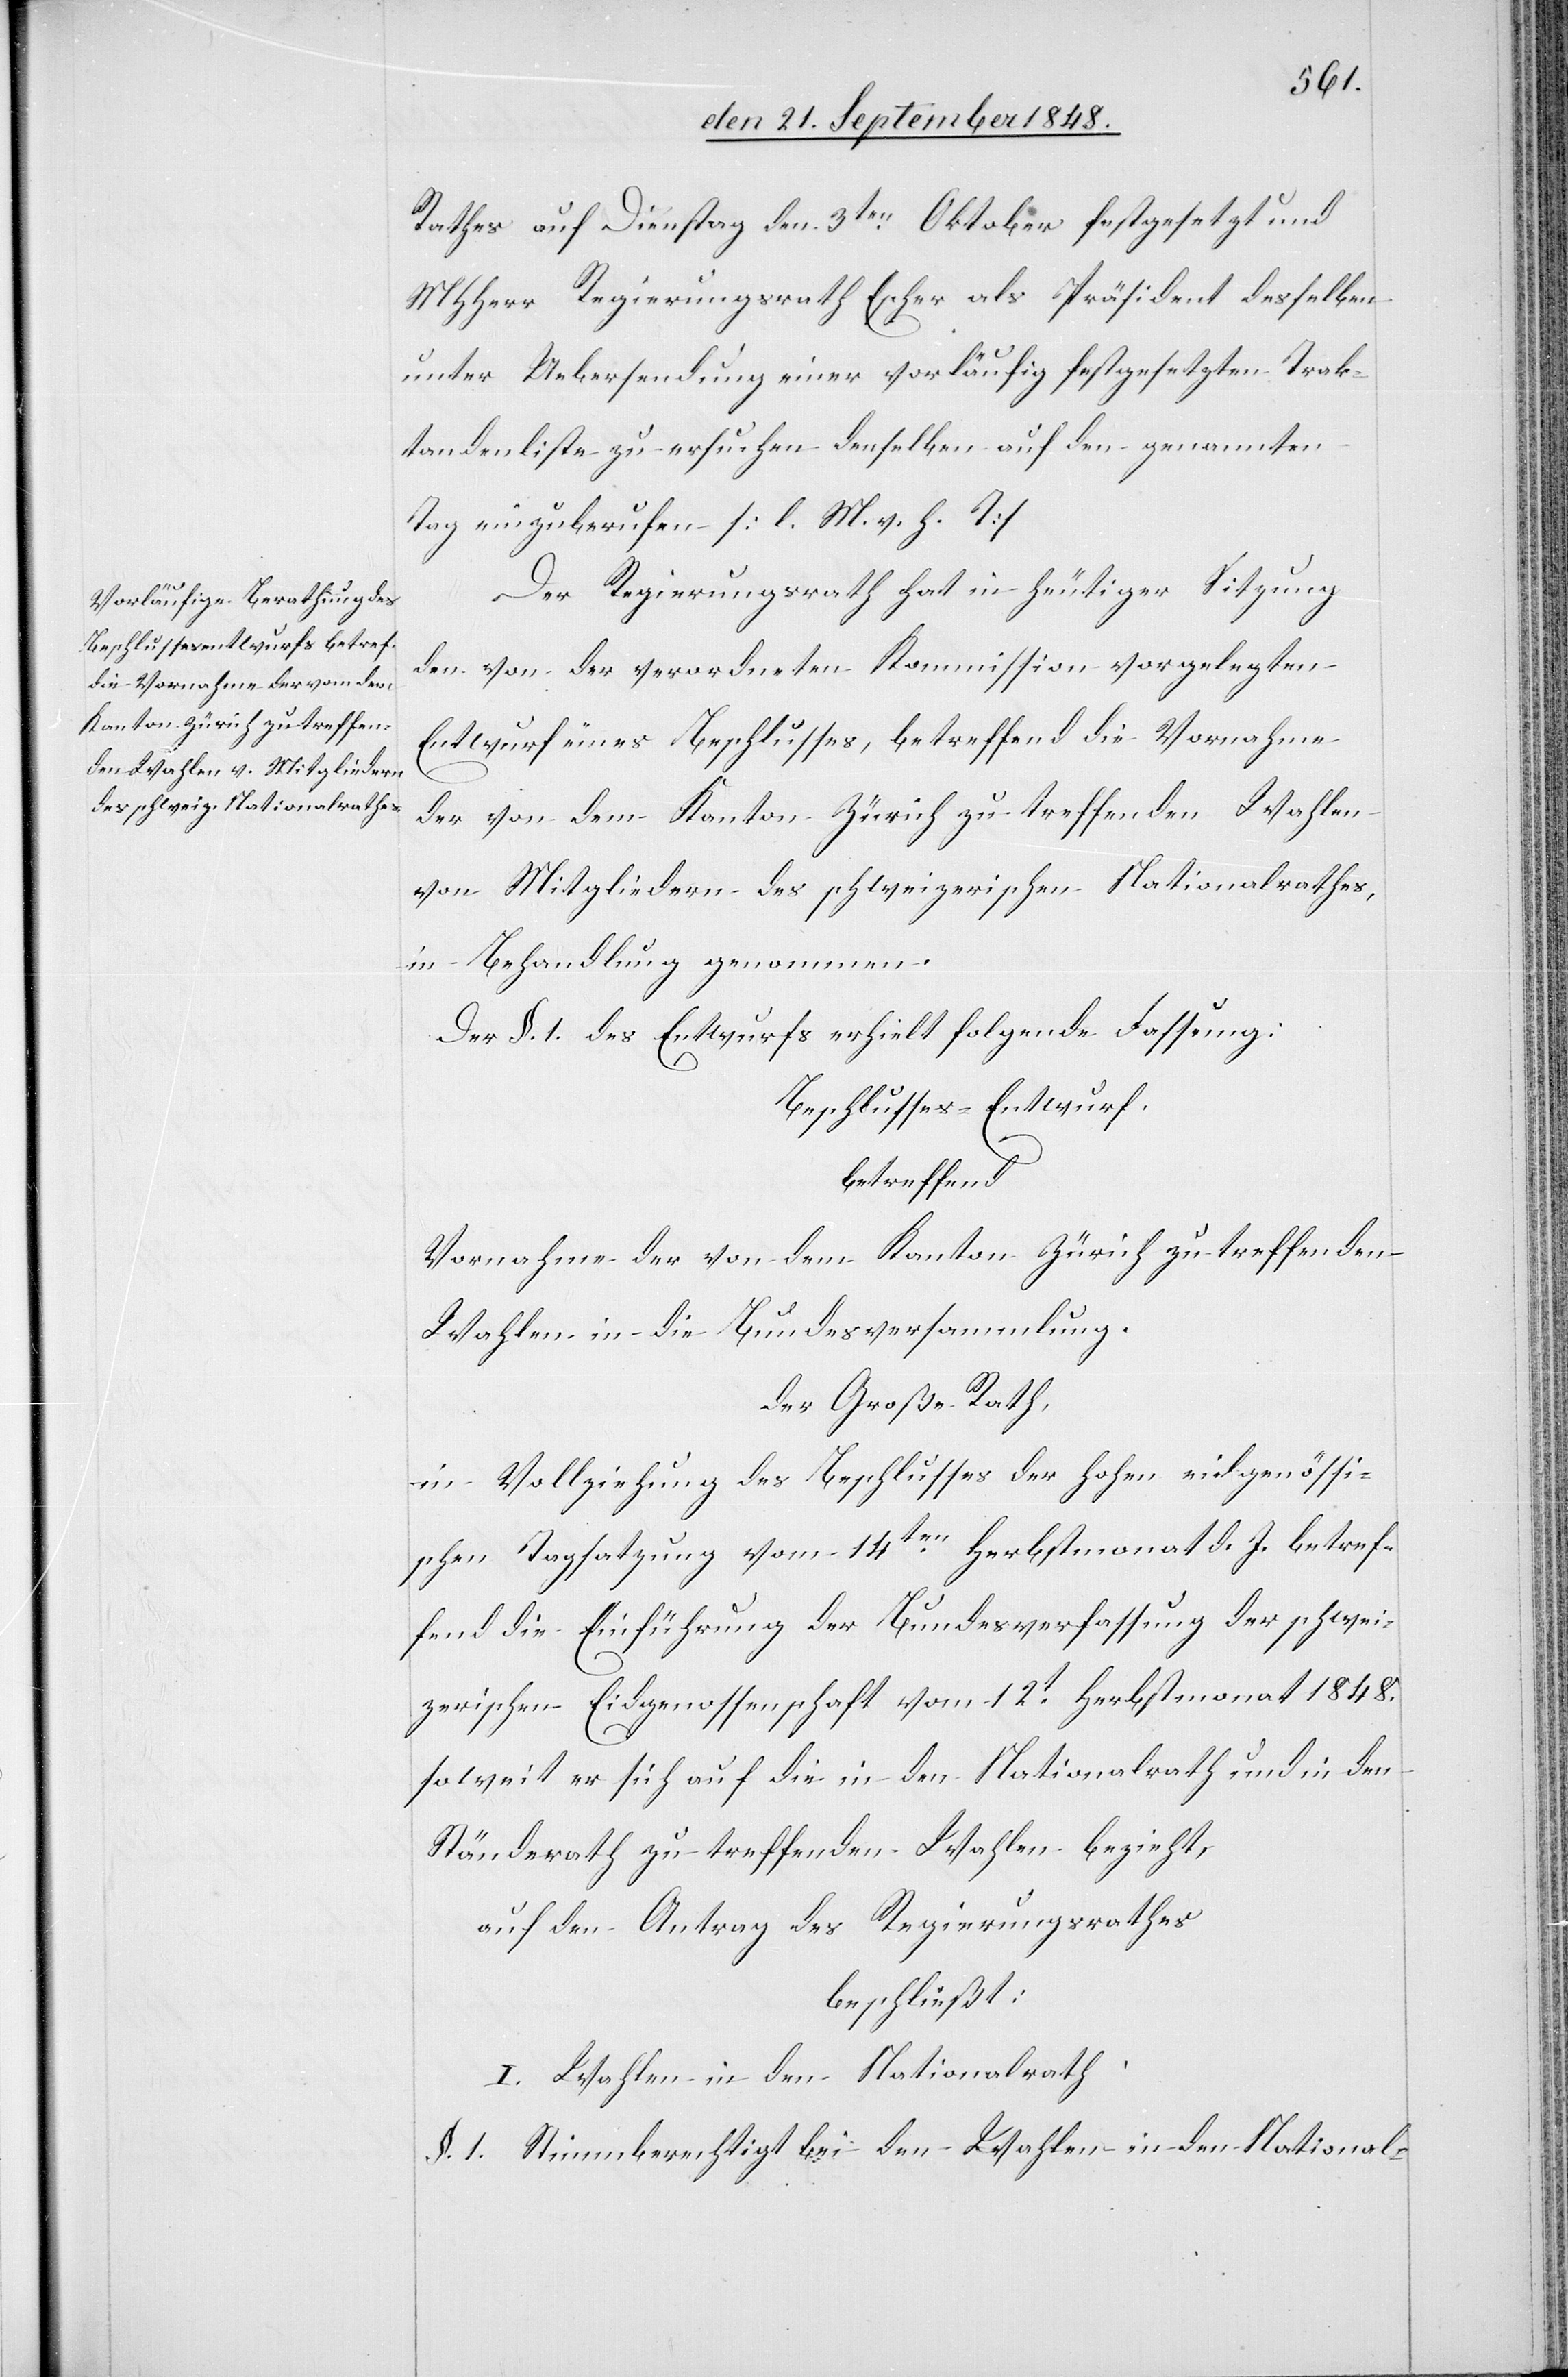
Rathes auf Dienstag den 3ten Oktober festgesetzt und
MHHerr Regierungsrath Escher als Präsident desselben
unter Uebersendung einer vorläufig festgesetzten Trak¬
tandenliste zu ersuchen denselben auf den genannten
Tag einzuberufen. [l. M. v. h. T]
Der Regierungsrath hat in heutiger Sitzung
den von der verordneten Kommission vorgelegten
Entwurf eines Beschlusses, betreffend die Vornahme
der von dem Kanton Zürich zu treffenden Wahlen
von Mitgliedern des schweizerischen Nationalrathes,
in Behandlung genommen.
Der §. 1. des Entwurf erhielt folgende Fassung:
Beschlusses-Entwurf.
betreffend
Vornahme der von dem Kanton Zürich zu treffenden
Wahlen in die Bundesversammlung.
des Großen Rath,
in Vollziehung des Beschlusses der hohen eidgenössi¬
schen Tagsatzung vom 14ten Herbstmonat d. J. betref¬
fend die Einführung der Bundesverfassung der schwei¬
zerischen Eidgenossenschaft vom 12t Herbstmonat 1848.
soweit er sich auf die in den Nationalrath und in den
Ständerath zu treffenden Wahlen bezieht,
auf den Antrag des Regierungsrathes
beschließt:
I. Wahlen in den Nationalrath
§. 1. Stimmberechtigt bei den Wahlen in den National-